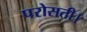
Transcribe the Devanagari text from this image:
परोसती।